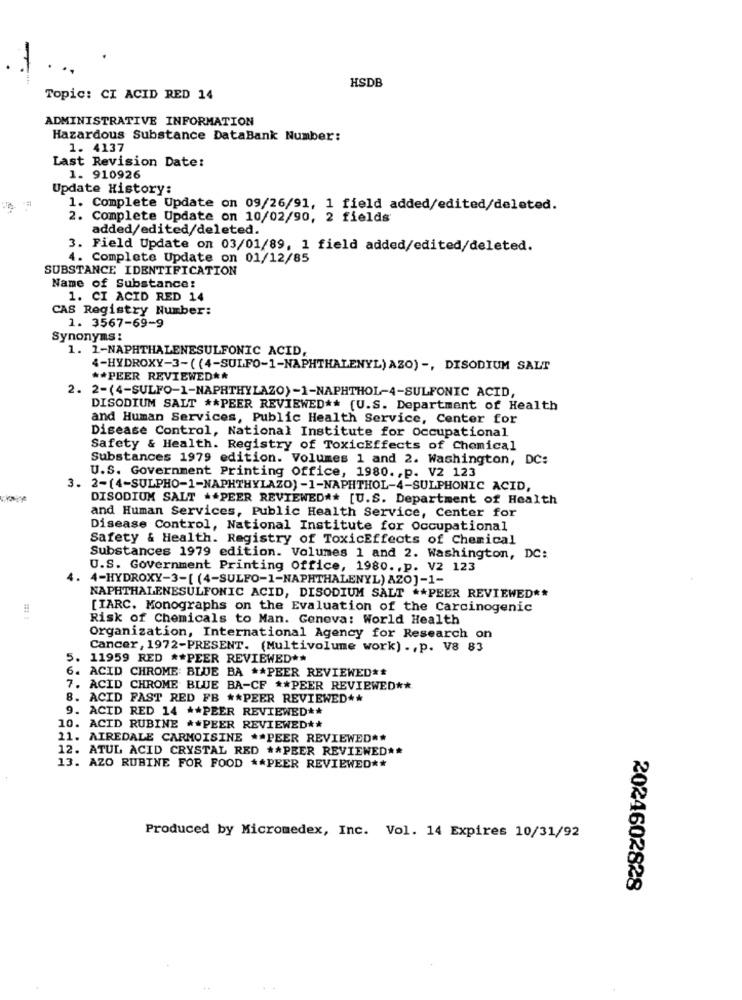
HSDB
Topic: CI ACID RED 14
ADMINISTRATIVE INFORMATION
Hazardous Substance DataBank Number:
1. 4137
Last Revision Date:
1. 910926
Update History:
1. Complete Update on 09/26/91, 1 field added/edited/deleted.
2. Complete Update on 10/02/90, 2 fields'
added/edited/deleted.
3. Field Update on 03/01/89, 1 field added/edited/deleted.
4. Complete Update on 01/12/85
SUBSTANCE IDENTIFICATION
Name of Substance:
1. CI ACID RED 14
CAS Registry Number:
1. 3567-69-9
Synonyms :
1. 1-NAPHTHALENESULFONIC ACID,
4-HYDROXY-3-( (4-SULFO-1-NAPHTHALENYL) AZO) -, DISODIUM SALT
** PEER REVIEWED **
2. 2-(4-SULFO-1-NAPRTHYLAZO)-1-NAPHTHOL-4-SULFONIC ACID,
DISODIUM SALT ** PEER REVIEWED ** (U.S. Department of Health
and Human Services, Public Health Service, Center for
Disease Control, National Institute for Occupational
Safety & Health. Registry of ToxicEffects of Chemical
Substances 1979 edition. Volumes 1 and 2. Washington, DC:
U.S. Government Printing Office, 1980. , p. V2 123
3. 2-(4-SULPHO-1-NAPHTHYLAZO) -1-NAPHTHOL-4-SULPHONIC ACID,
DISODIUM SALT ** PEER REVIEWED#* [U.S. Department of Health
and Human Services, Public Health Service, Center for
Disease Control, National Institute for Occupational
Safety & Health. Registry of ToxicEffects of Chemical
Substances 1979 edition. Volumes 1 and 2. Washington, DC:
U.S. Government Printing office, 1980. , p. V2 123
4. 4-HYDROXY-3-[ (4-SULFO-1-NAPHTHALENYL) AZO]-1-
NAPHTHALENESULFONIC ACID, DISODIUM SALT ** PEER REVIEWED **
#
[IARC. Monographs on the Evaluation of the Carcinogenic
Risk of Chemicals to Man. Genova: World Health
Organization, International Agency for Research on
Cancer, 1972-PRESENT. (Multivolume work) ., p. V8 83
5.
11959 RED ** PEER REVIEWED **
6. ACID CHROME BLUE BA ** PEER REVIEWED **
7. ACID CHROME BLUE BA-CF ** PEER REVIEWED **
8. ACID FAST RED FB ** PEER REVIEWED **
9. ACID RED 14 ** PEER REVIEWED **
10. ACID RUBINE ** PEER REVIEWED **
11. AIREDALE CARMOISINE ** PEER REVIEWED **
12. ATUL ACID CRYSTAL RED ** PEER REVIEWED **
13. AZO RUBINE FOR FOOD ** PEER REVIEWED **
Produced by Micromedex, Inc. Vol. 14 Expires 10/31/92
2024602828